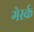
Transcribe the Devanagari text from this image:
गेर्स्क